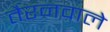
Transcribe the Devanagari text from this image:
तैरनवाले